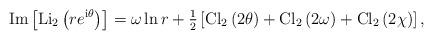
LaTeX: \begin{align*}\mbox{Im}\left[ \mbox{Li}_2\left(r e^{{\mbox{\scriptsize{i}}}\theta}\right) \right]= \omega \ln r + {\textstyle{1\over2}} \left[\mbox{Cl}_2\left(2\theta\right)+\mbox{Cl}_2\left(2\omega\right)+\mbox{Cl}_2\left(2\chi\right) \right],\end{align*}